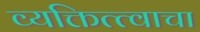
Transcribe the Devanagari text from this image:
व्यक्तित्त्वाचा